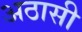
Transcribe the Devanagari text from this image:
अठासी